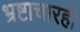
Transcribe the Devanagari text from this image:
भ्रष्टाचारही